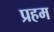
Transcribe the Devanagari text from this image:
प्रहम